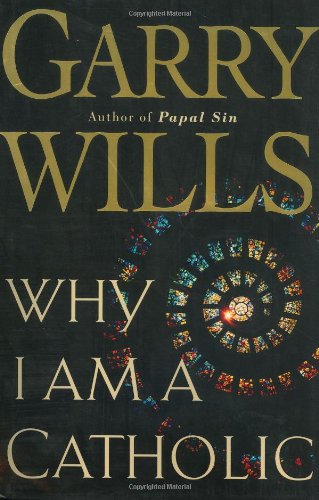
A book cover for Why I Am a Catholic; Garry Wills; Christian Books & Bibles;